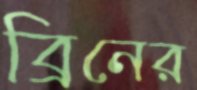
ব্রিনের